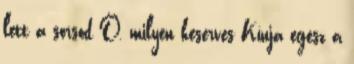
lett a sorsod Ó, milyen keserves Kínja egész a